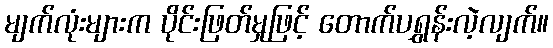
မျက်လုံးများက ပိုင်းဖြတ်မှုဖြင့် တောက်ပရွှန်းလဲ့လျက်။